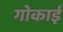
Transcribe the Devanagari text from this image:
गोकाई